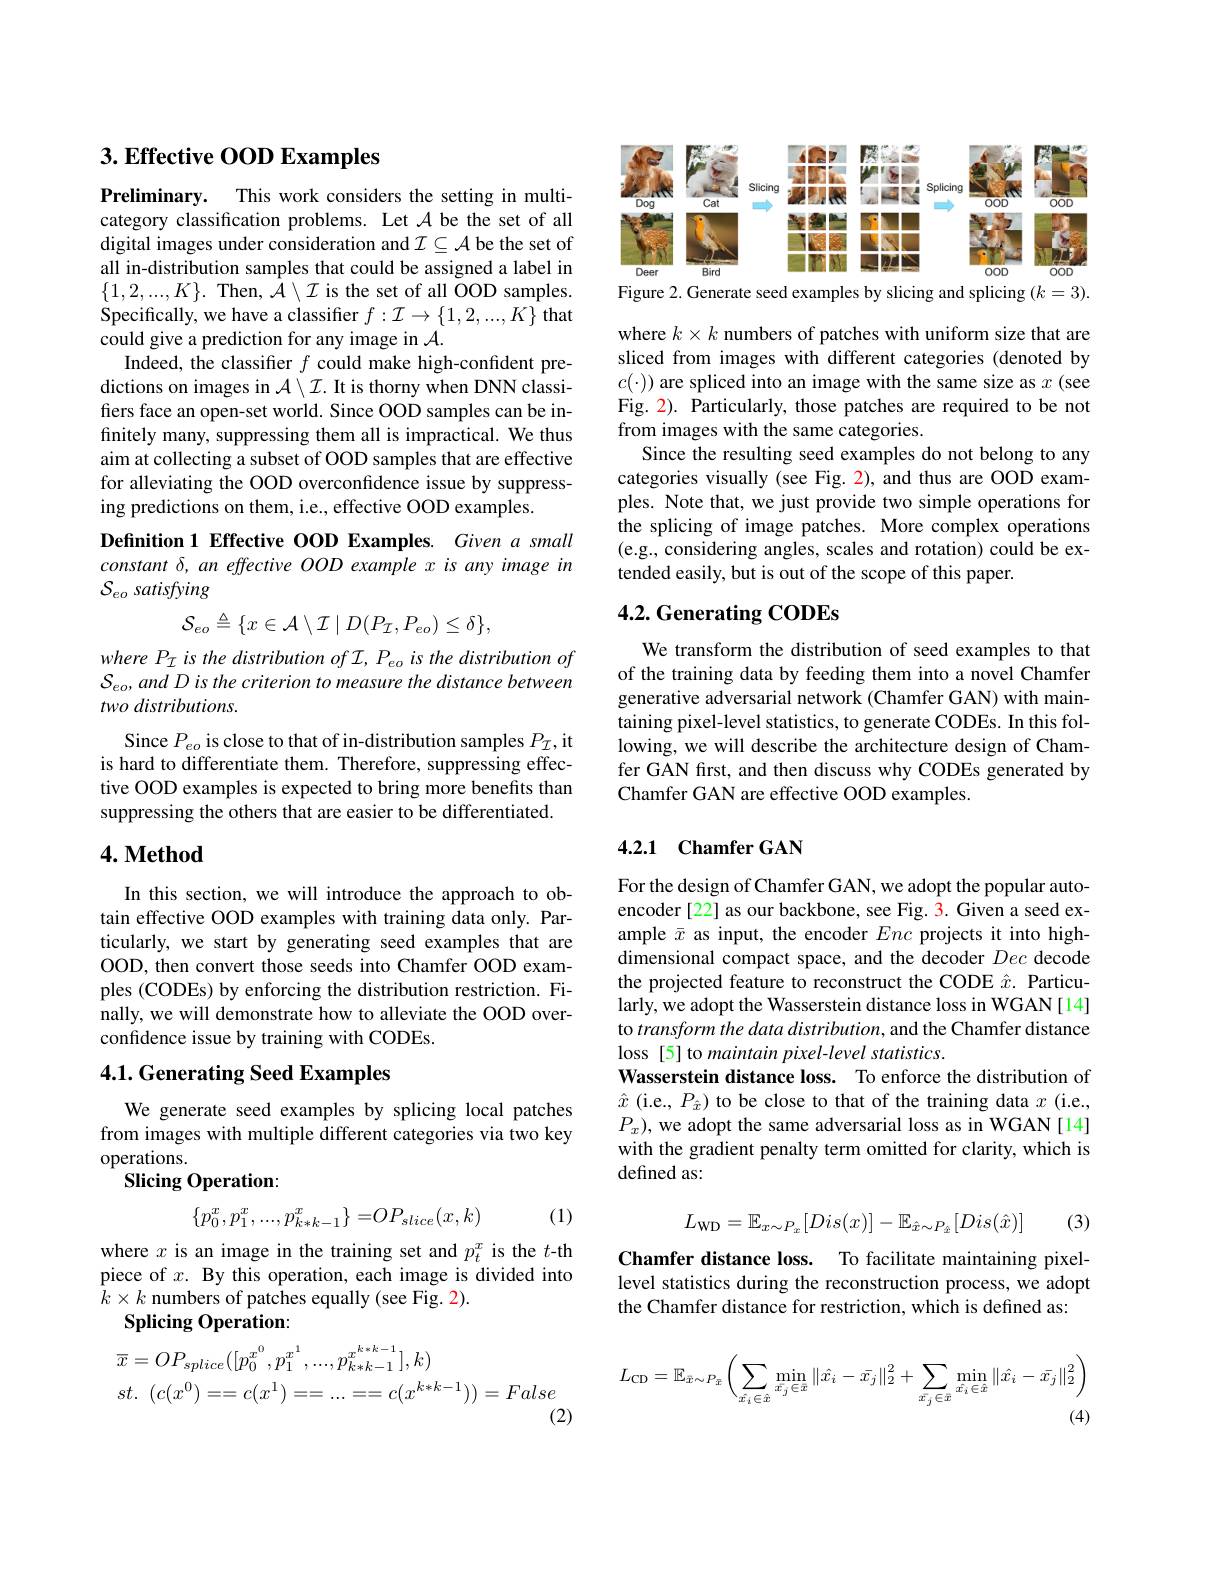
## $3. \textbf{ Effective OOD Examples}$

Preliminary. This work considers the setting in multicategory classification problems. Let $\mathcal{A}$ be the set of all digital images under consideration and $\mathcal{I}\subseteq\mathcal{A}$ be the set of all in-distribution samples that could be assigned a label in $\{1,2,...,K\}.$ Then, $\hat{\mathcal{A}}\setminus\mathcal{I}$ is the set of all OOD samples. Specifically, we have a classifier $f:\mathcal{I}\to\{1,2,...,K\}$ that could give a prediction for any image in $\mathcal{A}.$
Indeed, the classifier $f$ could make high-confident predictions on images in $\mathcal{A}\setminus\mathcal{I}.$ It is thorny when DNN classifiers face an open-set world. Since OOD samples can be infinitely many, suppressing them all is impractical. We thus aim at collecting a subset of OOD samples that are effective for alleviating the OOD overconfidence issue by suppressing predictions on them, i.e., effective OOD examples.
Definition 1 Effective OOD Examples. Given a small constant $\delta$, an effective OOD example x is any image in ${\mathcal{S} }_{eo}\textit{satisfying}$
$$\mathcal{S}_{eo}\triangleq\{x\in\mathcal{A}\setminus\mathcal{I}\mid D(P_{\mathcal{I}},P_{eo})\leq\delta\},$$
where PI is the distribution of I, Peo is the distribution of $S_{eo}, and D is the criterion to measure the distance between$ two distributions.

Since $P_{eo}$ is close to that of in-distribution samples $P_{\mathcal{I}}$,it is hard to differentiate them. Therefore, suppressing effective OOD examples is expected to bring more benefits than suppressing the others that are easier to be differentiated.

## $4. \textbf{Method}$

In this section, we will introduce the approach to obtain effective OOD examples with training data only. Particularly, we start by generating seed examples that are OOD, then convert those seeds into Chamfer OOD examples (CODEs) by enforcing the distribution restriction. Finally, we will demonstrate how to alleviate the OOD overconfidence issue by training with CODEs.

## 4.1. Generating Seed Examples

We generate seed examples by splicing local patches from images with multiple different categories via two key operations.
Slicing Operation:

(1)
$$\{p_0^x,p_1^x,...,p_{k*k-1}^x\}=OP_{slice}(x,k)$$
where $x$ is an image in the training set and $p_t^x$ is the $t$-th piece of $x. \textbf{ By this operation, each image is divided into}$ $k\times k$ numbers of patches equally (see Fig. 2).
Splicing Operation:
$$\begin{aligned}&\overline{x}=OP_{splice}([p_{0}^{x^{0}},p_{1}^{x^{1}},...,p_{k*k-1}^{x^{k*k-1}}],k)\\&st.\:(c(x^{0})==c(x^{1})==...==c(x^{k*k-1}))=False\end{aligned}$$
(2)

<FigureHere>

Figure 2. Generate seed examples by slicing and splicing $(k=3).$

where $k\times k$ numbers of patches with uniform size that are sliced from images with different categories (denoted by $c(\cdot))$ are spliced into an image with the same size as $x$ (see Fig. 2). Particularly, those patches are required to be not from images with the same categories.
Since the resulting seed examples do not belong to any categories visually (see Fig. 2), and thus are OOD examples. Note that, we just provide two simple operations for the splicing of image patches. More complex operations (e.g., considering angles, scales and rotation) could be extended easily, but is out of the scope of this paper.

## 4.2. Generating CODEs

We transform the distribution of seed examples to that of the training data by feeding them into a novel Chamfer generative adversarial network (Chamfer GAN) with maintaining pixel-level statistics, to generate CODEs. In this following, we will describe the architecture design of Chamfer GAN first, and then discuss why CODEs generated by Chamfer GAN are effective OOD examples.

## 4.2.1 Chamfer GAN

For the design of Chamfer GAN, we adopt the popular autoencoder [22] as our backbone, see Fig. 3. Given a seed example $\bar{x}$ as input, the encoder Enc projects it into high- $\hat{\text{dimensional compact space, and the decoder }Dec}$ decode the projected feature to reconstruct the CODE $\hat{x}.$ Particularly, we adopt the Wasserstein distance loss in WGAN[14] to transform the data distribution, and the Chamfer distance loss [5] to maintain pixel-level statistics.
Wasserstein distance loss. To enforce the distribution of $\hat{x}$ (i.e., $P_\hat{x})$ to be close to that of the training data $x$ (i.e., $P_x)$, we adopt the same adversarial loss as in WGAN[14] with the gradient penalty term omitted for clarity, which is defined as:
$$L_{\mathrm{WD}}=\mathbb{E}_{x\sim P_{x}}[Dis(x)]-\mathbb{E}_{\hat{x}\sim P_{\hat{x}}}[Dis(\hat{x})]$$
(3)

Chamfer distance loss. To facilitate maintaining pixellevel statistics during the reconstruction process, we adopt the Chamfer distance for restriction, which is defined as:
$$L_{\mathrm{CD}}=\mathbb{E}_{\bar{x}\sim P_{\bar{x}}}\left(\sum_{\hat{x_{i}}\in\hat{x}}\min_{\bar{x_{j}}\in\bar{x}}\|\hat{x_{i}}-\bar{x_{j}}\|_{2}^{2}+\sum_{\bar{x_{j}}\in\bar{x}}\min_{\hat{x_{i}}\in\hat{x}}\|\hat{x_{i}}-\bar{x_{j}}\|_{2}^{2}\right)$$